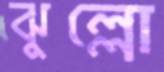
ঝুল্লো